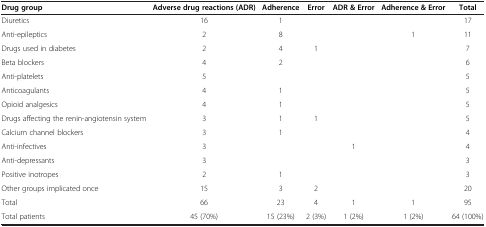
<table><thead><tr><td><b>Drug group</b></td><td><b>Adverse drug reactions (ADR)</b></td><td><b>Adherence</b></td><td><b>Error</b></td><td><b>ADR &amp; Error</b></td><td><b>Adherence &amp; Error</b></td><td><b>Total</b></td></tr></thead><tbody><tr><td>Diuretics</td><td>16</td><td>1</td><td> </td><td> </td><td> </td><td>17</td></tr><tr><td>Anti-epileptics</td><td>2</td><td>8</td><td> </td><td> </td><td>1</td><td>11</td></tr><tr><td>Drugs used in diabetes</td><td>2</td><td>4</td><td>1</td><td> </td><td> </td><td>7</td></tr><tr><td>Beta blockers</td><td>4</td><td>2</td><td> </td><td> </td><td> </td><td>6</td></tr><tr><td>Anti-platelets</td><td>5</td><td> </td><td> </td><td> </td><td> </td><td>5</td></tr><tr><td>Anticoagulants</td><td>4</td><td>1</td><td> </td><td> </td><td> </td><td>5</td></tr><tr><td>Opioid analgesics</td><td>4</td><td>1</td><td> </td><td> </td><td> </td><td>5</td></tr><tr><td>Drugs affecting the renin-angiotensin system</td><td>3</td><td>1</td><td>1</td><td> </td><td> </td><td>5</td></tr><tr><td>Calcium channel blockers</td><td>3</td><td>1</td><td> </td><td> </td><td> </td><td>4</td></tr><tr><td>Anti-infectives</td><td>3</td><td> </td><td> </td><td>1</td><td> </td><td>4</td></tr><tr><td>Anti-depressants</td><td>3</td><td> </td><td> </td><td> </td><td> </td><td>3</td></tr><tr><td>Positive inotropes</td><td>2</td><td>1</td><td> </td><td> </td><td> </td><td>3</td></tr><tr><td>Other groups implicated once</td><td>15</td><td>3</td><td>2</td><td> </td><td> </td><td>20</td></tr><tr><td>Total</td><td>66</td><td>23</td><td>4</td><td>1</td><td>1</td><td>95</td></tr><tr><td>Total patients</td><td>45 (70%)</td><td>15 (23%)</td><td>2 (3%)</td><td>1 (2%)</td><td>1 (2%)</td><td>64 (100%)</td></tr></tbody></table>